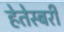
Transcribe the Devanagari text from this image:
हेतेस्बरी